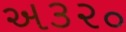
અ૩૨૦